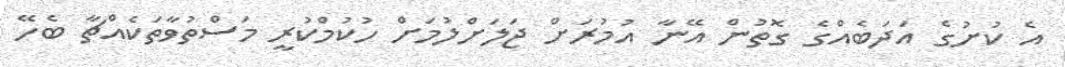
އެ ކުށުގެ އަދަބެއްގެ ގޮތުން އޭނާ އުމުރަށް ޖަލަށްލުމަށް ހުކުމްކުރީ މަސްތުވާތަކެއްޗާ ބެހޭ